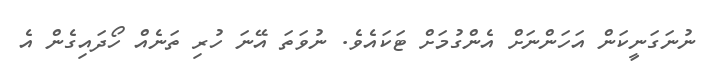
ނުނަގަނީކަން އަހަންނަށް އެންގުމަށް ޓަކައެވެ. ނުވަތަ އޭނަ ހުރި ތަނެއް ހޯދައިގެން އެ